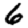
Digit: 6